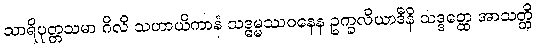
သာရိပုတ္တသမာ ဂိလိ သဟာယိကာနံ သဒ္ဓမ္မဿဝနေန ဥက္ခလိယာဒီနိ သဒ္ဒတ္ထေ အာသတ္တိ